Leaving Certificate Examination (including Day School Certificate (Higher) General paper), 1930
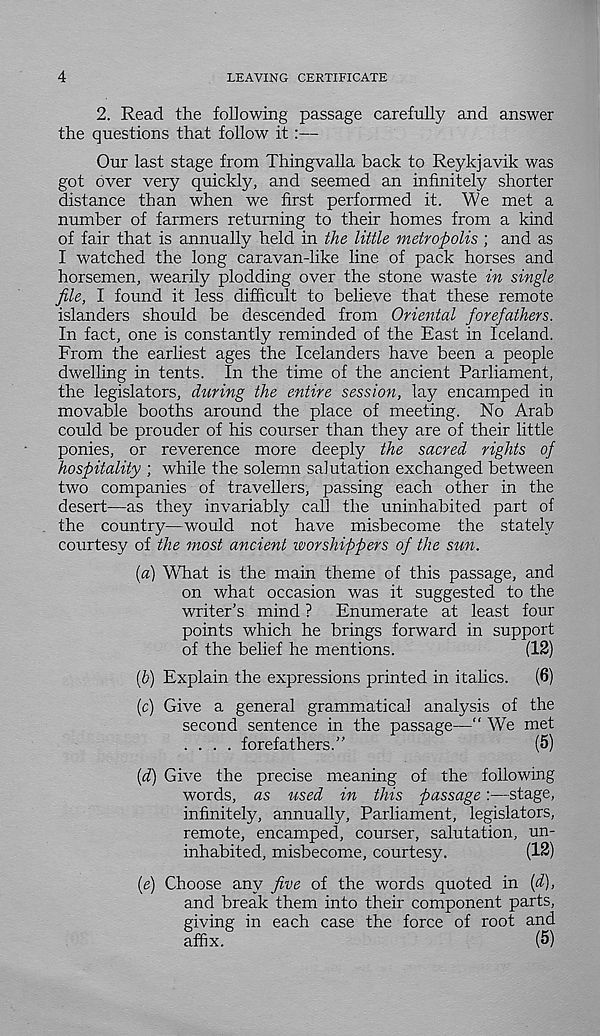
4
LEAVING CERTIFICATE
2. Read the f oh owing passage carefully and answer
the questions that follow it:—
Our last stage from Thingvalla back to Reykjavik was
got over very quickly, and seemed an infinitely shorter
distance than when we first performed it. We met a
number of farmers returning to their homes from a kind
of fair that is annually held in the little metropolis ; and as
I watched the long caravan-like line of pack horses and
horsemen, wearily plodding over the stone waste in single
file, I found it less difficult to believe that these remote
islanders should be descended from Oriental forefathers.
In fact, one is constantly reminded of the East in Iceland.
From the earliest ages the Icelanders have been a people
dwelling in tents. In the time of the ancient Parliament,
the legislators, during the entire session, lay encamped in
movable booths around the place of meeting. No Arab
could be prouder of his courser than they are of their little
ponies, or reverence more deeply the sacred rights of
hospitality ; while the solemn salutation exchanged between
two companies of travellers, passing each other in the
desert—as they invariably call the uninhabited part of
the country—would not have misbecome the stately
courtesy of the most ancient worshippers of the sun.
(a) What is the main theme of this passage, and
on what occasion was it suggested to the
writer’s mind ? Enumerate at least four
points which he brings forward in support
of the belief he mentions.
(12)
[h) Explain the expressions printed in italics. (6)
(c) Give a general grammatical analysis of the
second sentence in the passage—“ We met
.... forefathers.”
(5)
(d) Give the precise meaning of the following
words, as used in this passage:—stage,
infinitely, annually, Parliament, legislators,
remote, encamped, courser, salutation, un-
inhabited, misbecome, courtesy.
(12)
(e) Choose any five of the words quoted in {d),
and break them into their component parts,
giving in each case the force of root and
affix.
(5)